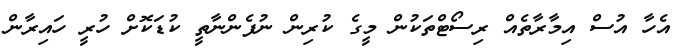
އެހާ އުސް އިމާރާތެއް ރިސޯޓްތަކުން މީގެ ކުރިން ނުފެންނާތީ ކުޑަކޮށް ހުރީ ހައިރާން